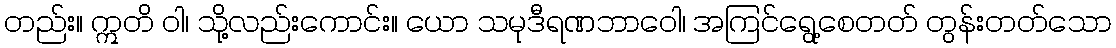
တည်း။ ဣတိ ဝါ၊ သို့လည်းကောင်း။ ယော သမုဒီရဏဘာဝေါ၊ အကြင်ရွေ့စေတတ် တွန်းတတ်သော